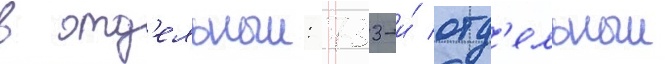
в отд'ельныи: 733-и́ отд'ельныи